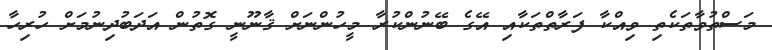
މަސްތުވާތަކެތި ވިއްކާ ފަރާތްތަކާއި އޭގެ ބޭނުންކުރާ މީހުންނަށް ޤާނޫނީ ގޮތުން އަދަބުދިނުމަށް ހުރިހާ